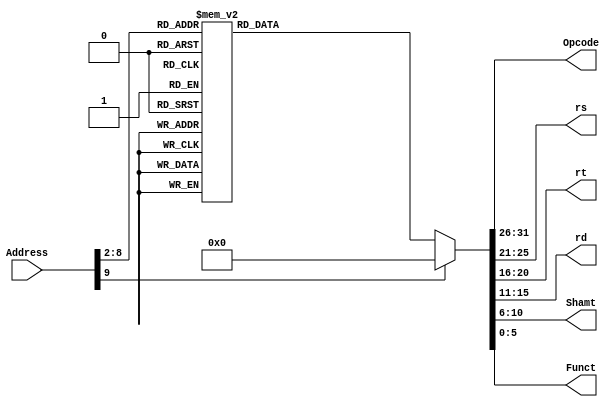

module InstructionMemory(Address,Opcode,rs,rt,rd,Shamt,Funct);
	input [31:0] Address;
	reg [31:0] Instruction;
	output [5:0] Opcode;
	output [4:0] rs;
	output [4:0] rt;
	output [4:0] rd;
	output [4:0] Shamt;
	output [5:0] Funct;
	assign Opcode=Instruction[31:26];
	assign rs=Instruction[25:21];
	assign rt=Instruction[20:16];
	assign rd=Instruction[15:11];
	assign Shamt=Instruction[10:6];
	assign Funct=Instruction[5:0];
	
	always @(*)
		case (Address[9:2])
		8'd0:   Instruction <= 32'h24050004;
        8'd1:   Instruction <= 32'h240400f9;
        8'd2:   Instruction <= 32'h24070000;
        8'd3:   Instruction <= 32'h24060004;
        8'd4:   Instruction <= 32'h20144000;
        8'd5:   Instruction <= 32'h24080000;
        8'd6:   Instruction <= 32'h24090000;
        8'd7:   Instruction <= 32'h0014a400;
        8'd8:   Instruction <= 32'h24020000;
        8'd9:   Instruction <= 32'h00865022;
        8'd10:   Instruction <= 32'h22940010;
        8'd11:   Instruction <= 32'h2415000f;
        8'd12:   Instruction <= 32'h24090000;
        8'd13:   Instruction <= 32'h01095820;
        8'd14:   Instruction <= 32'h00ab5820;
        8'd15:   Instruction <= 32'h00e96020;
        8'd16:   Instruction <= 32'h816b0000;
        8'd17:   Instruction <= 32'h818c0000;
        8'd18:   Instruction <= 32'h156c0003;
        8'd19:   Instruction <= 32'h21290001;
        8'd20:   Instruction <= 32'h0126082a;
        8'd21:   Instruction <= 32'h1420fff7;
        8'd22:   Instruction <= 32'h15260001;
        8'd23:   Instruction <= 32'h20420001;
        8'd24:   Instruction <= 32'h21080001;
        8'd25:   Instruction <= 32'h0148082a;
        8'd26:   Instruction <= 32'h1020fff1;
        8'd27:   Instruction <= 32'h200800c0;
        8'd28:   Instruction <= 32'h200900f9;
        8'd29:   Instruction <= 32'h200a00a4;
        8'd30:   Instruction <= 32'h200b00b0;
        8'd31:   Instruction <= 32'h200c0099;
        8'd32:   Instruction <= 32'hac080100;
        8'd33:   Instruction <= 32'hac090104;
        8'd34:   Instruction <= 32'hac0a0108;
        8'd35:   Instruction <= 32'hac0b010c;
        8'd36:   Instruction <= 32'hac0c0110;
        8'd37:   Instruction <= 32'h20080092;
        8'd38:   Instruction <= 32'h20090082;
        8'd39:   Instruction <= 32'h200a00f8;
        8'd40:   Instruction <= 32'h200b0080;
        8'd41:   Instruction <= 32'h200c0090;
        8'd42:   Instruction <= 32'hac080114;
        8'd43:   Instruction <= 32'hac090118;
        8'd44:   Instruction <= 32'hac0a011c;
        8'd45:   Instruction <= 32'hac0b0120;
        8'd46:   Instruction <= 32'hac0c0124;
        8'd47:   Instruction <= 32'h20080088;
        8'd48:   Instruction <= 32'h20090083;
        8'd49:   Instruction <= 32'h200a00c6;
        8'd50:   Instruction <= 32'h200b00a1;
        8'd51:   Instruction <= 32'h200c0086;
        8'd52:   Instruction <= 32'h200d008e;
        8'd53:   Instruction <= 32'hac080128;
        8'd54:   Instruction <= 32'hac09012c;
        8'd55:   Instruction <= 32'hac0a0130;
        8'd56:   Instruction <= 32'hac0b0134;
        8'd57:   Instruction <= 32'hac0c0138;
        8'd58:   Instruction <= 32'hac0d013c;
        8'd59:   Instruction <= 32'h3050000f;
        8'd60:   Instruction <= 32'h305100f0;
        8'd61:   Instruction <= 32'h30520f00;
        8'd62:   Instruction <= 32'h3053f000;
        8'd63:   Instruction <= 32'h00108080;
        8'd64:   Instruction <= 32'h00118882;
        8'd65:   Instruction <= 32'h00129182;
        8'd66:   Instruction <= 32'h00139a82;
        8'd67:   Instruction <= 32'h8e100100;
        8'd68:   Instruction <= 32'h8e310100;
        8'd69:   Instruction <= 32'h8e520100;
        8'd70:   Instruction <= 32'h8e730100;
        8'd71:   Instruction <= 32'h22100e00;
        8'd72:   Instruction <= 32'h22310d00;
        8'd73:   Instruction <= 32'h22520b00;
        8'd74:   Instruction <= 32'h22730700;
    
        
        8'd75:   Instruction <= 32'h24080000;
        8'd76:   Instruction <= 32'hae900000;
        8'd77:   Instruction <= 32'h21080001;
        8'd78:   Instruction <= 32'h1515fffe;
        8'd79:   Instruction <= 32'h24080000;
        8'd80:   Instruction <= 32'hae910000;
        8'd81:   Instruction <= 32'h21080001;
        8'd82:   Instruction <= 32'h1515fffe;
        8'd83:   Instruction <= 32'h24080000;
        8'd84:   Instruction <= 32'hae920000;
        8'd85:   Instruction <= 32'h21080001;
        8'd86:   Instruction <= 32'h1515fffe;
        8'd87:   Instruction <= 32'h24080000;
        8'd88:   Instruction <= 32'hae930000;
        8'd89:   Instruction <= 32'h21080001;
        8'd90:   Instruction <= 32'h1515fffe;
        8'd91:   Instruction <= 32'h0800012c;

			default: Instruction <= 32'h00000000;
		endcase
		
endmodule